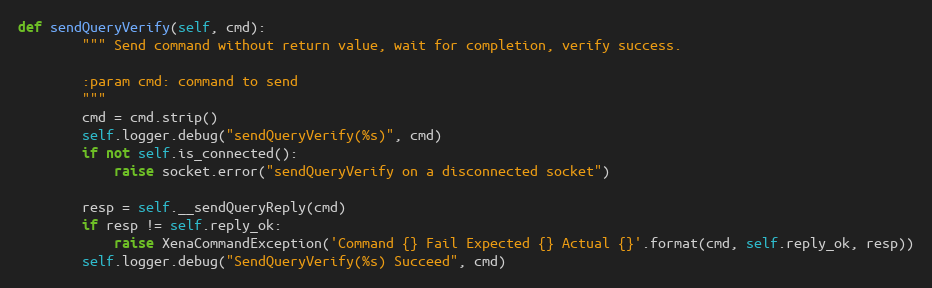
Language: Python
def sendQueryVerify(self, cmd):
        """ Send command without return value, wait for completion, verify success.

        :param cmd: command to send
        """
        cmd = cmd.strip()
        self.logger.debug("sendQueryVerify(%s)", cmd)
        if not self.is_connected():
            raise socket.error("sendQueryVerify on a disconnected socket")

        resp = self.__sendQueryReply(cmd)
        if resp != self.reply_ok:
            raise XenaCommandException('Command {} Fail Expected {} Actual {}'.format(cmd, self.reply_ok, resp))
        self.logger.debug("SendQueryVerify(%s) Succeed", cmd)